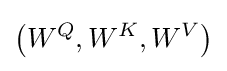
\left(W^{Q},W^{K},W^{V}\right)